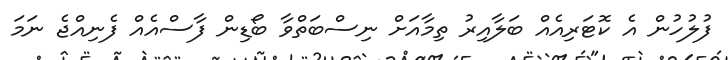
ފުލުހުން އެ ކޮޓަރިއެއް ބަލާއިރު ތިމާއަށް ނިސްބަތްވާ ބޯޑިން ފާސްއެއް ފެނިއްޖެ ނަމަ